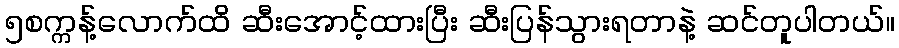
၅စက္ကန့်လောက်ထိ ဆီးအောင့်ထားပြီး ဆီးပြန်သွားရတာနဲ့ ဆင်တူပါတယ်။